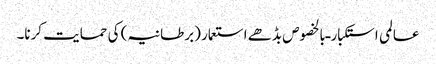
عالمی استکبار ـ بالخصوص بڈھے استعمار (برطانیہ) کی حمایت کرنا۔